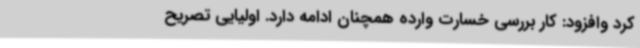
کرد وافزود: کار بررسی خسارت وارده همچنان ادامه دارد. اولیایی تصریح